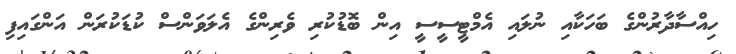
ހިއްސާދާރުންގެ ބަހަކާއި ނުލައި އެމްޓީސީސީ އިން ބޮޑުކުރި ވެރިންގެ އެލަވަންސް ކުޑަކުރަން އަންގައިފި